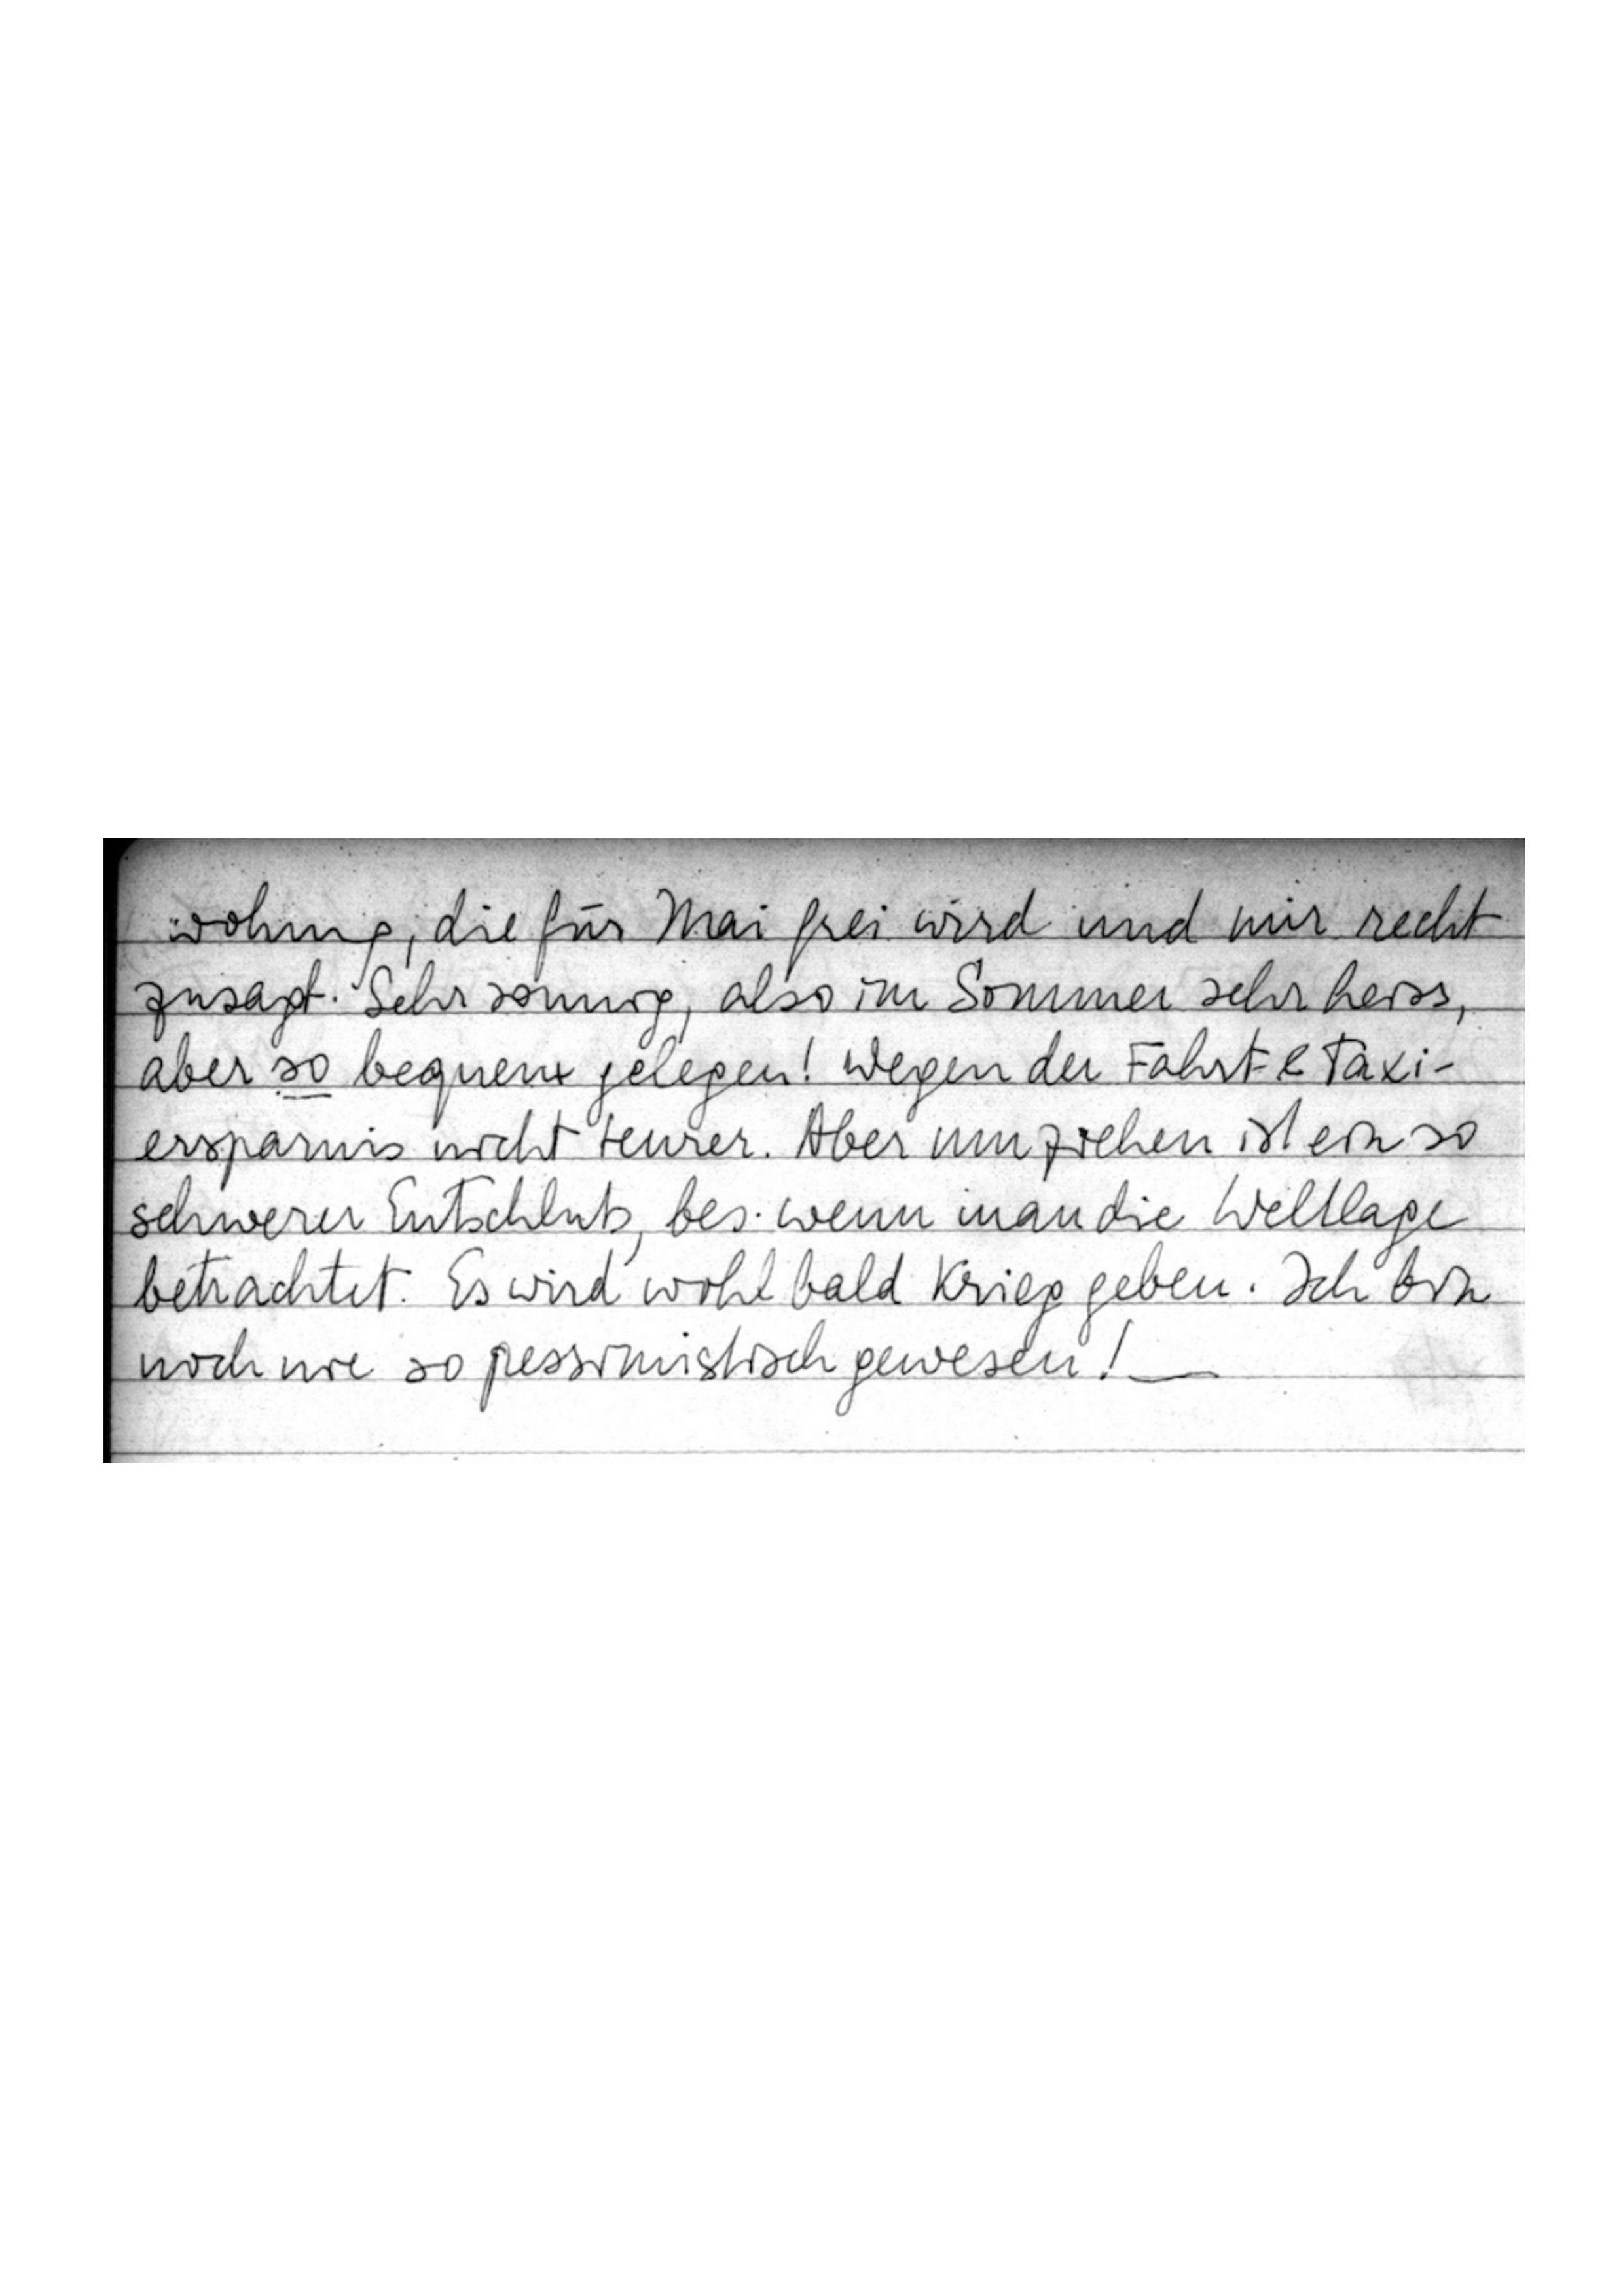
wohnung, die für Mai frei wird und mir recht
zusagt. Sehr sonnig, also im Sommer sehr heiss,
aber so bequem gelegen! Wegen der Fahrt- & Taxi-
ersparnis nicht teurer. Aber umziehen ist ein so
schwerer Entschluß, bes. wenn man die Weltlage
betrachtet. Es wird wohl bald Krieg geben. Ich bk
noch nie so pessimistisch gewesen! -